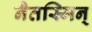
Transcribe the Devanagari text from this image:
नैतस्मिन्